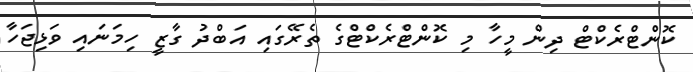
ކޮންޓްރެކްޓް ދިން މީހާ މި ކޮންޓްރެކްޓްގެ ތެރޭގައި އަބްދު ގާޒީ ހިމަނައި ވަޅިޖަހާ